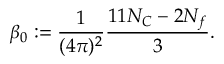
\beta _ { 0 } : = \frac { 1 } { ( 4 \pi ) ^ { 2 } } \frac { 1 1 N _ { C } - 2 N _ { f } } { 3 } .